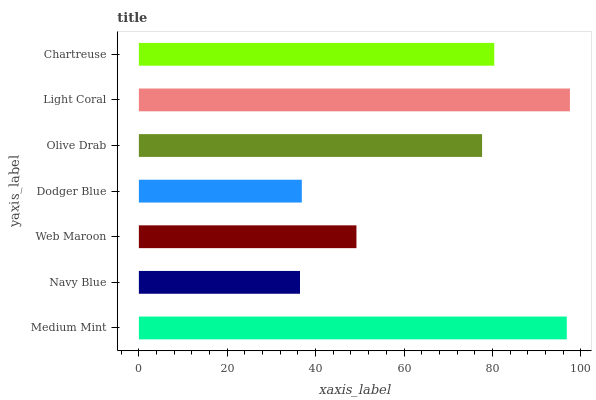
| yaxis_label | bars |
 | --- | --- |
 | Medium Mint | 96.8 |
 | Navy Blue | 36.5 |
 | Web Maroon | 49.2 |
 | Dodger Blue | 36.9 |
 | Olive Drab | 77.7 |
 | Light Coral | 97.5 |
 | Chartreuse | 80.4 |